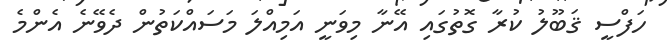
ހަފްސީ ޤަބޫލު ކުރާ ގޮތުގައި އޭނާ މިވަނީ އަމިއްލަ މަސައްކަތުން ދެވޭނެ އެންމެ